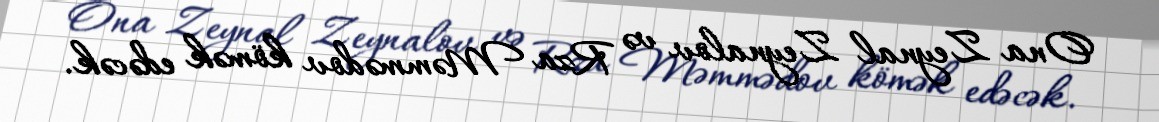
Ona Zeynal Zeynalov və Rza Məmmədov kömək edəcək.